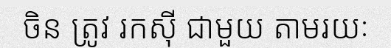
ចិន ត្រូវ រកស៊ី ជាមួយ តាមរយៈ